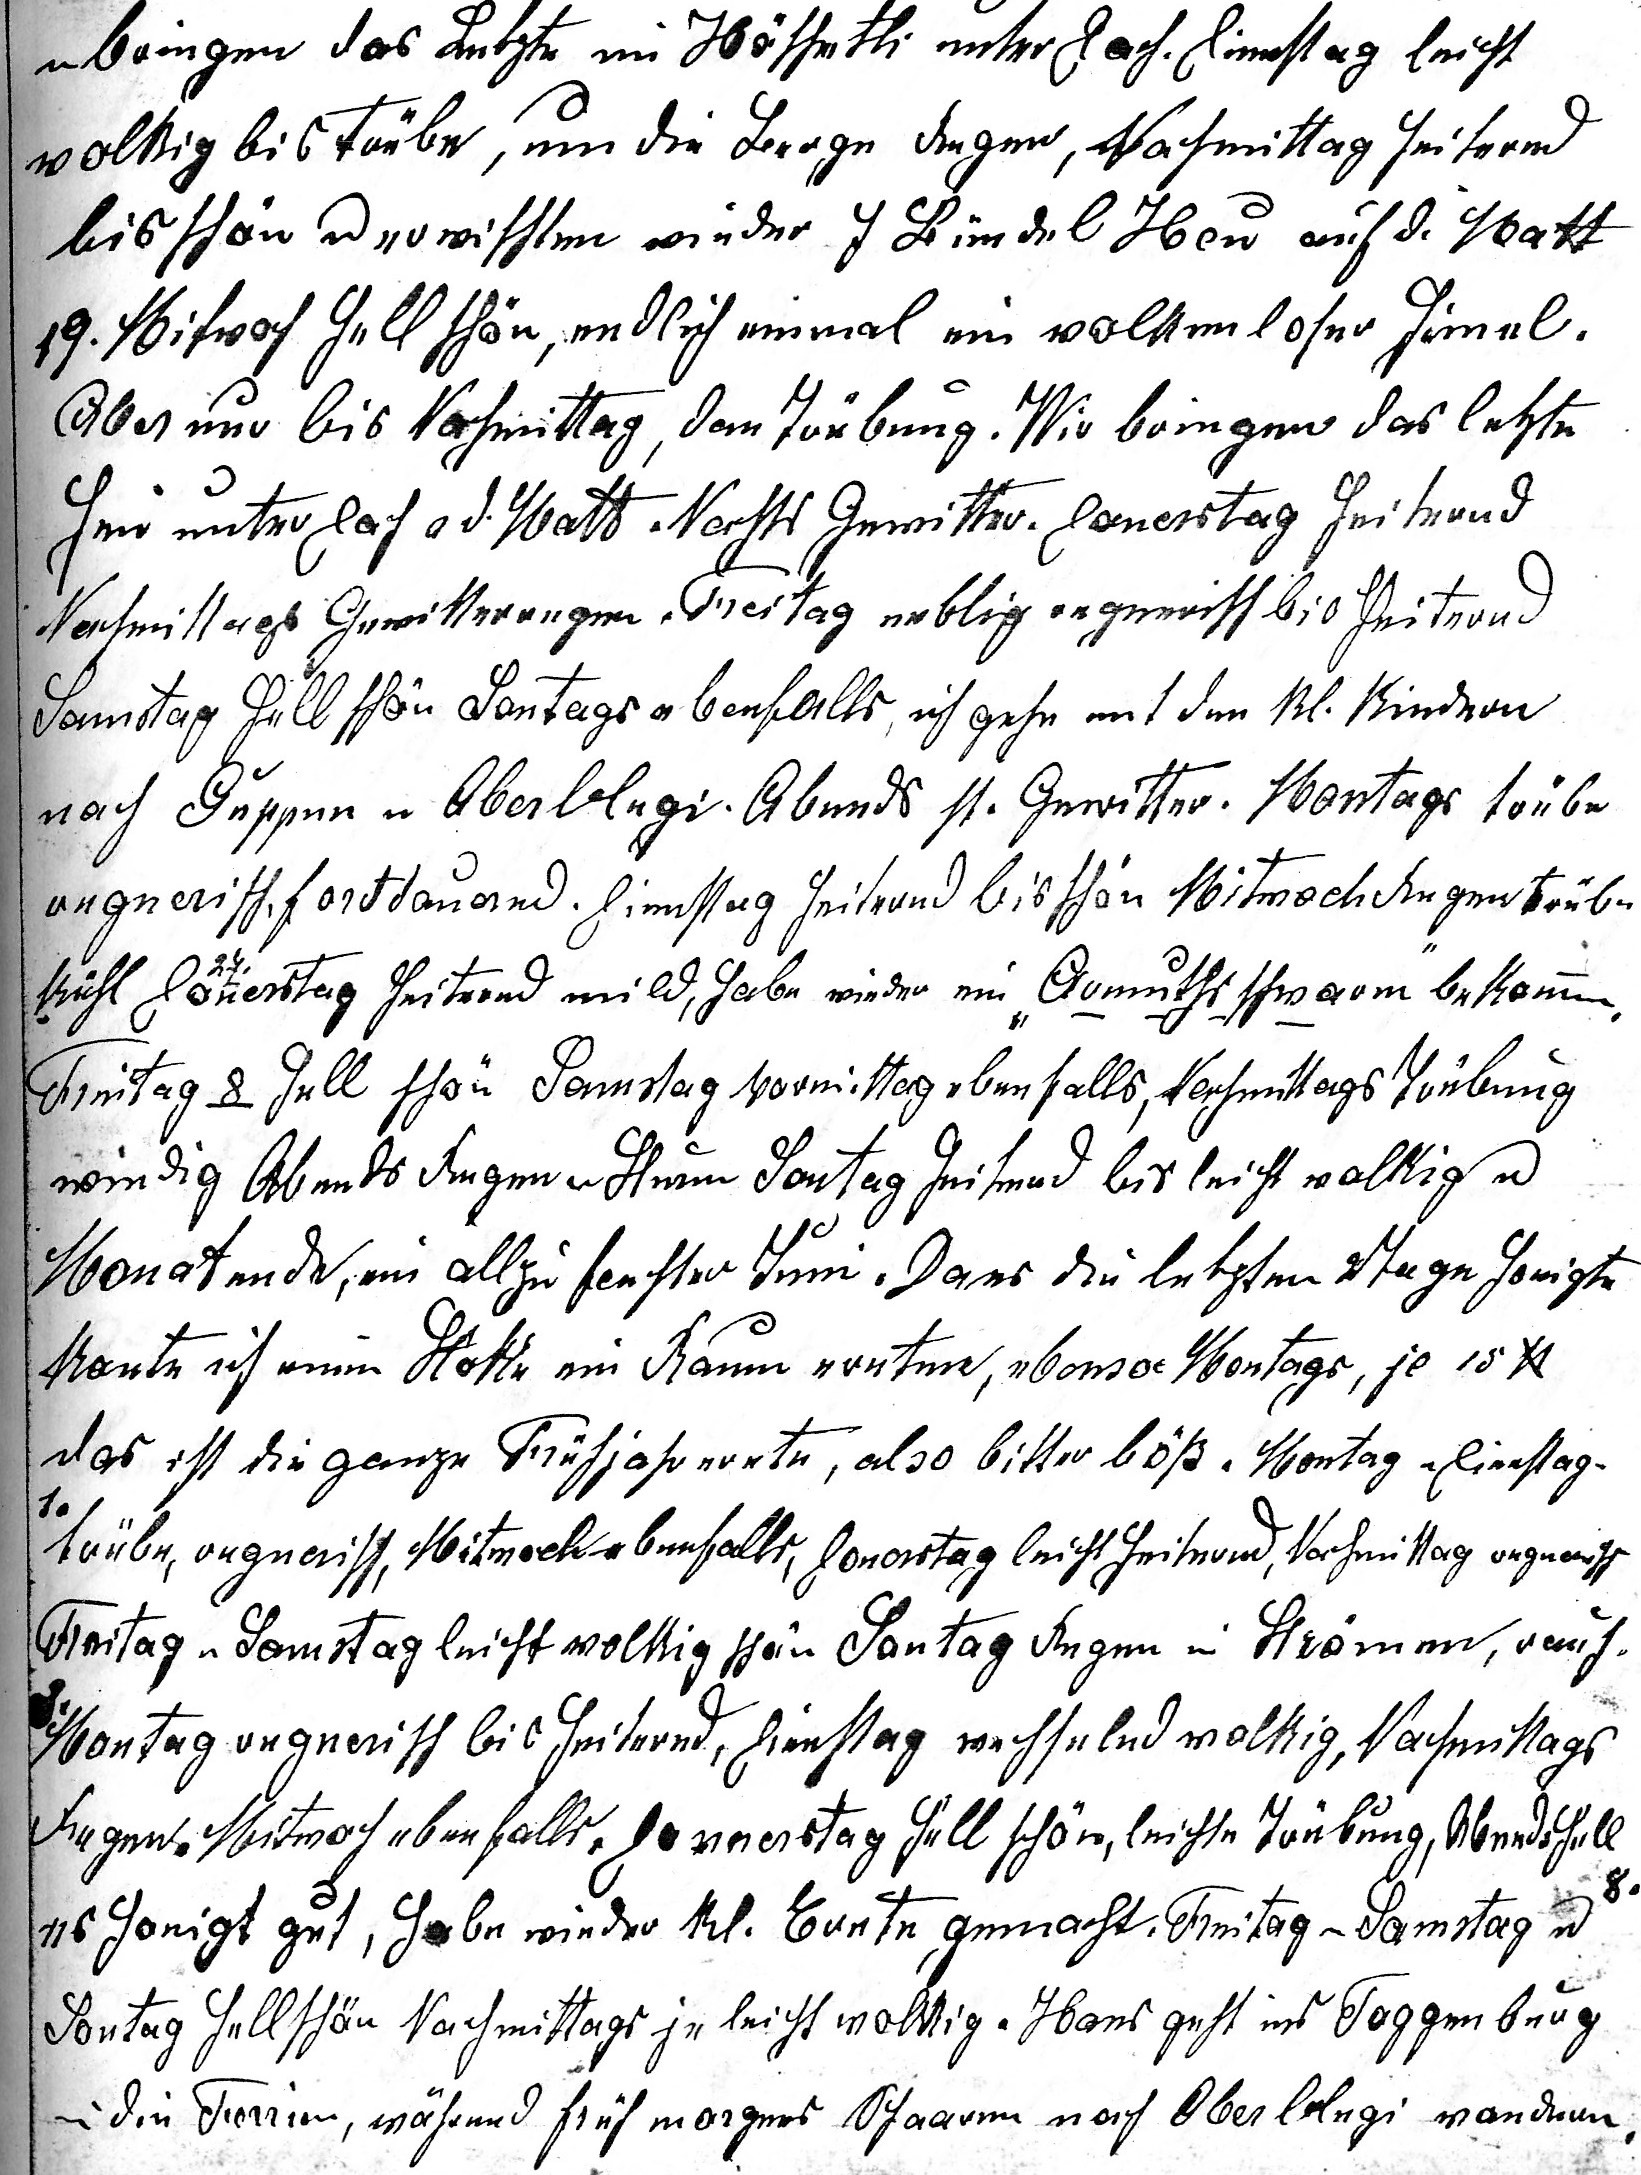
u bringen das Letzte im Höschetli unter Dach. Dienstag leicht
wolkig bis trübe, um die Berge Regen, Nachmittag heiternd
bis schön u erwischten wieder 7 Bündel Heu auf der Matt.
19. Mittwoch hell schön, endlich einmal ein wolkenloser Himel.
Aber nur bis Nachmittag, dan Trübung. Wir bringen das letzte
Heu unter Dach v. d. Matt. Nachts Gewitter. Donerstag heiternd
Nachmittags Gewitterregen. Freitag neblig regnerisch bis heiternd
Samstag hell schön Sontags ebenfalls, ich gehe mit den kl. Kindern
nach Guppen u Oberblegi. Abends st. Gewitter. Montags trübe
regnerisch, fordauernd. Dienstag heiternd bis schön. Mitwoch Regen trübe
kühl Donerstag 27. Heiternd mild, habe wieder ein Armuthsschwarm bekommen.
Freitag 8o hell schön Samstag Vormittag ebenfalls, Nachmittags Trübung
windig Abends Regen u Sturm Sontag heiternd bis leicht wolkig u
Monatsende, ein allzu feuchter Juni. Da es die letzten Tage honigte
konnte ich meine Stöke im Baum ernten, ebenso Montags, je 15 Pf.
 das ist die ganze Frühjahrsernte, also bitter böss. Montag u Dienstag
10
trübe, regnerisch, Mitwoch ebenfalls, Donerstag leicht heiternd, Nachmittags regnerisch
Freitag u Samstag leicht wolkig schön Sontag Regen in Strömen, rauh.

Montag regnerisch bis heiternd, Dientag wechselnd wolkig, Nachmittags
Regen. Mitwoch ebenfalls. Donerstag hell schön, leichte Trübung, Abends hell

es honigt gut, habe wieder kl. Ernte gemacht. Freitag u Samstag u
Sontag hell schön Nachmittags je leicht wolkig,. Hans geht ins Toggenburg
in die Ferien, während früh morgens Schaaren nach Oberblegi wandern.